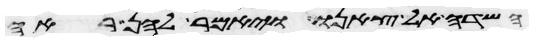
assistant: השדה אל צאנו ויאמר להן ראה